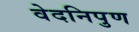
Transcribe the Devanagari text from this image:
वेदनिपुण